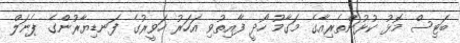
ބަޓިސް މޮޅު ކުޅުންތެރިއާގެ މަގާމު ހޯދީ ފާއިތުވި އަހަރު ހަވީރުގެ ފަނޑިޔާރުންގެ ޕެނަލް